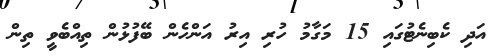
އަދި ކެބިނެޓުގައި 15 މަގާމު ހުރި އިރު އަންހެން ބޭފުޅުން ތިއްބެވީ ތިން